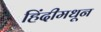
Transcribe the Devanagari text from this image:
हिंदीमधून